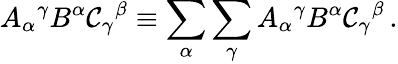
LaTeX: A_{\alpha}{}^{\gamma}B^{\alpha}\mathcal{C}_{\gamma}{}^{\beta}\equiv\sum_{\alpha}\sum_{\gamma}A_{\alpha}{}^{\gamma}B^{\alpha}\mathcal{C}_{\gamma}{}^{\beta}\, .